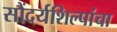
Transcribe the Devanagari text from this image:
सौंदर्यशिल्पांचा